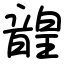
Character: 韹